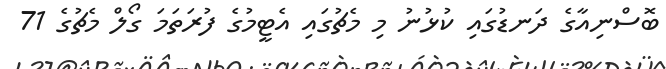
ބޮސްނިއާގެ ދަނޑުގައި ކުޅުނު މި މެޗުގައި އެޓީމުގެ ފުރަތަމަ ގޯލް މެޗުގެ 71